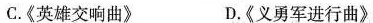
C.《英雄交响曲》 D.《义勇军进行曲》